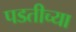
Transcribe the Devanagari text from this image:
पडतीच्या